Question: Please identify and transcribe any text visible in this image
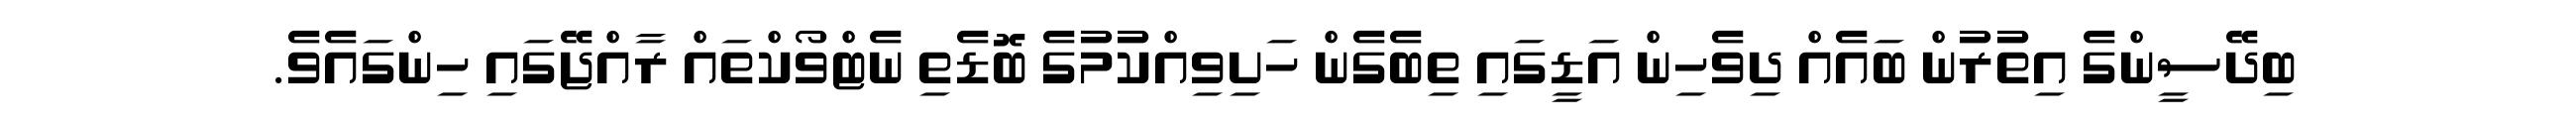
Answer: ބިދޭސީންގެ އިތުރުން ބައެއް ދިވެހިން އަޑީގައި ތިބެގެން ހަށިވިއްކުމުގެ ބޮޑެތި ނެޓްވޯކްތައް ރާއްޖޭގައި ހިންގައެވެ.